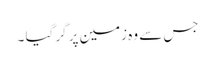
جس سے وہ زمین پر گر گیا ۔